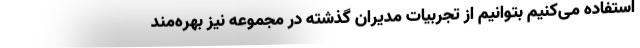
استفاده می‌کنیم بتوانیم از تجربیات مدیران گذشته در مجموعه نیز بهره‌مند